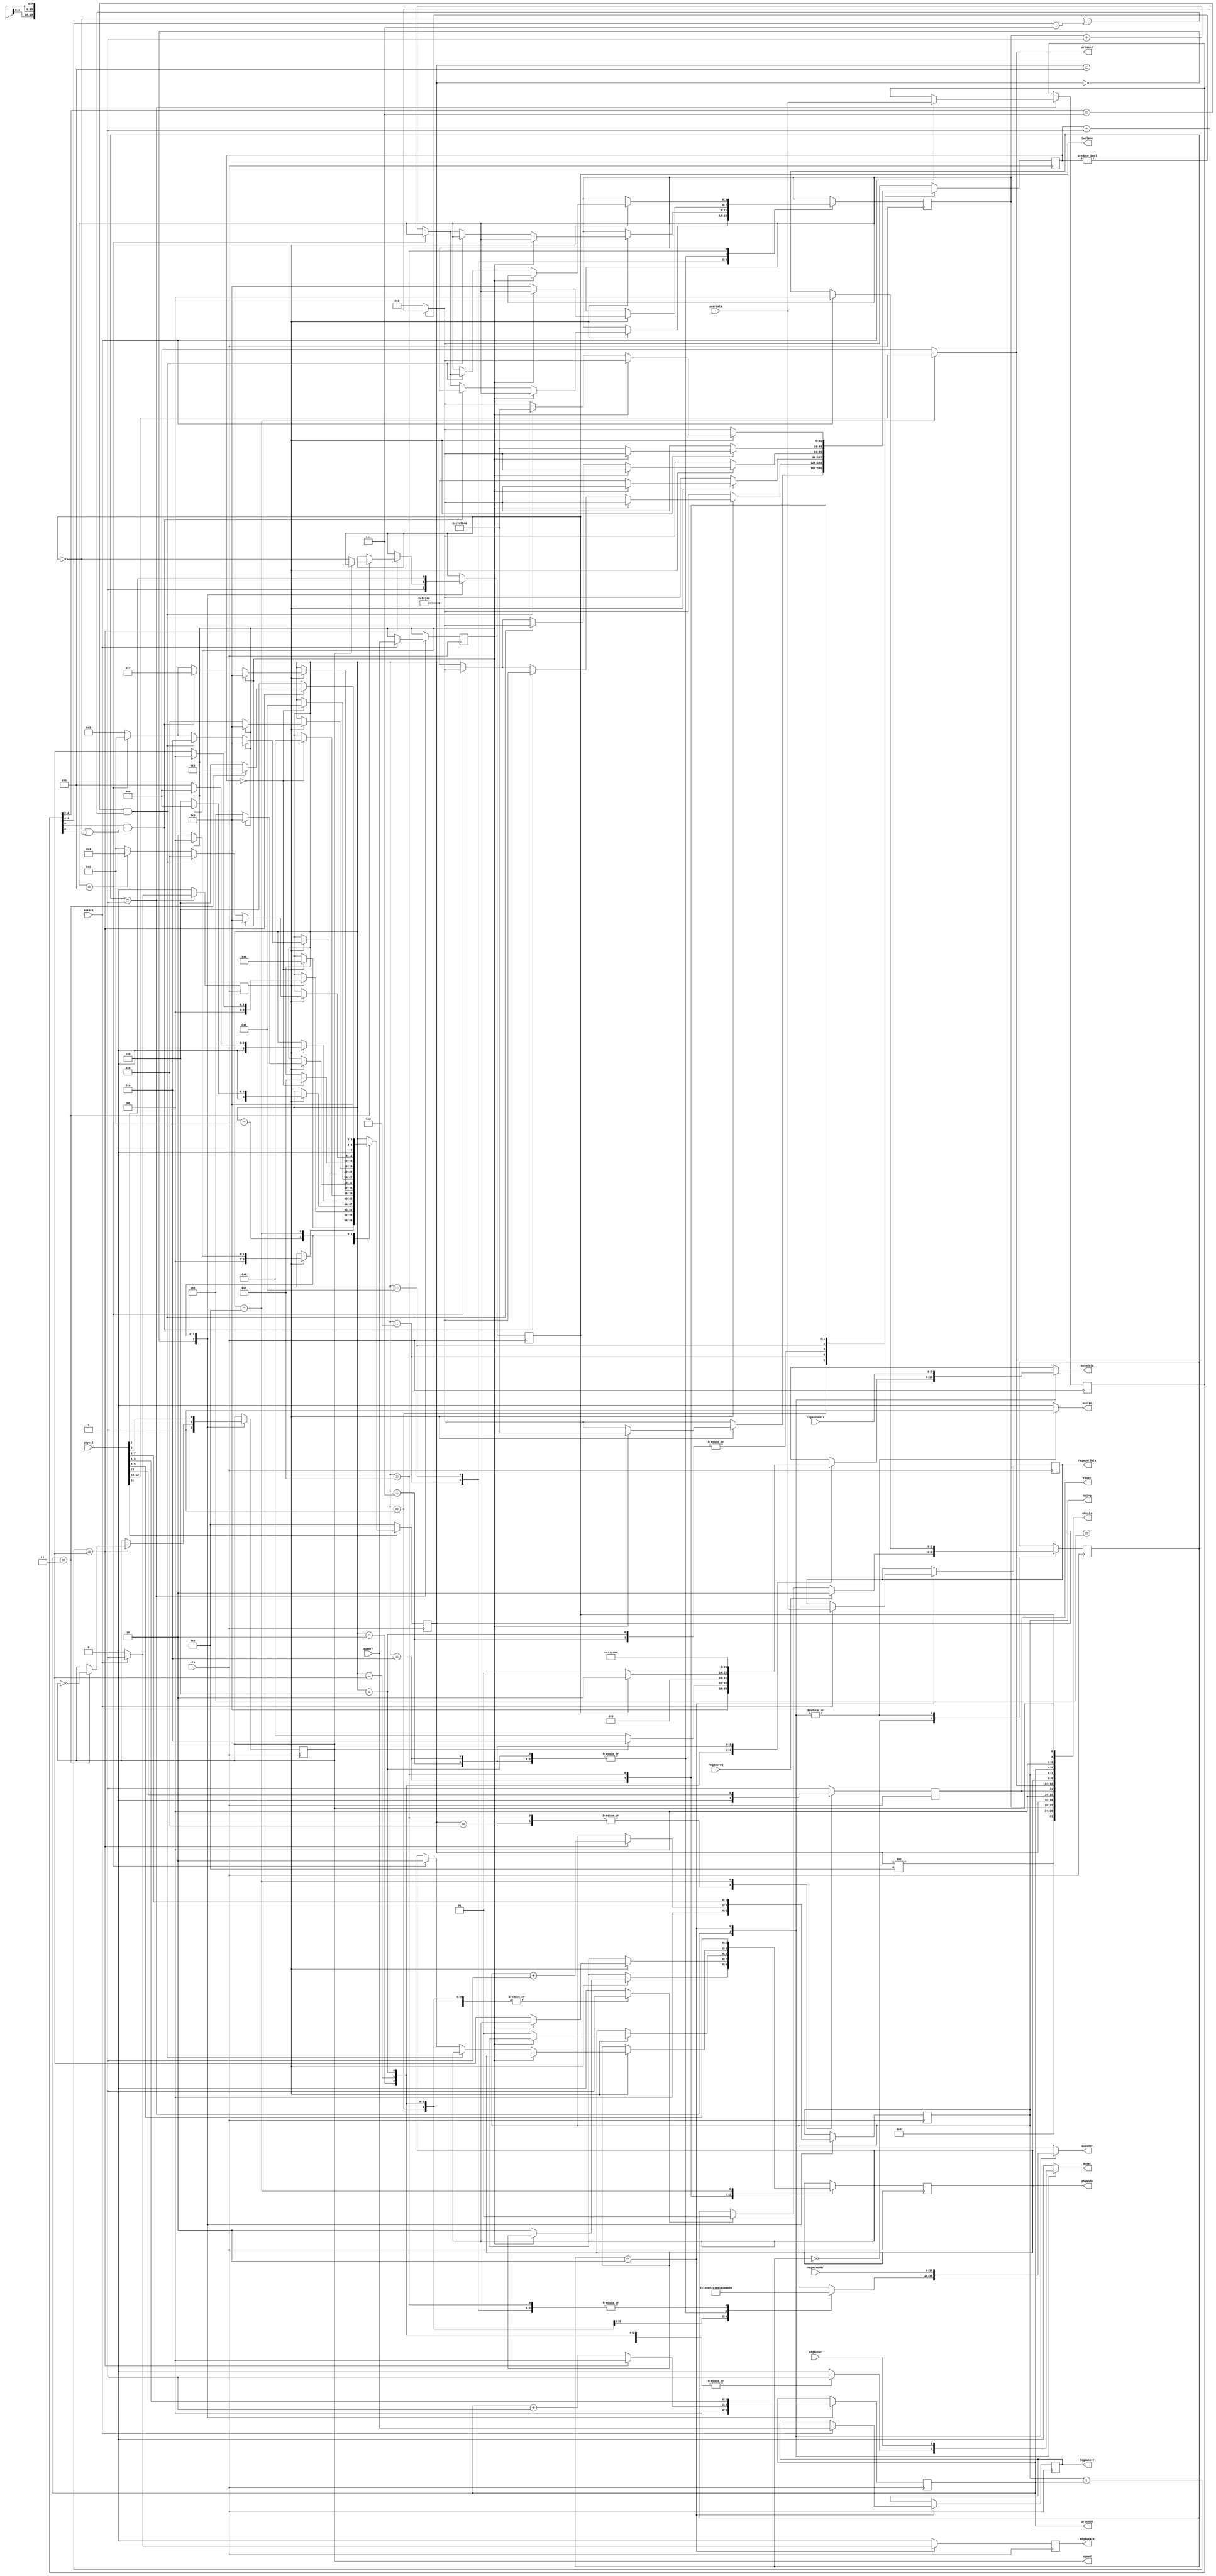
module train(
	input wire clk,
	
	input wire [19:0] regauxaddr,
	input wire [7:0] regauxwdata,
	input wire regauxreq,
	input wire regauxwr,
	output reg regauxack,
	output reg regauxerr,
	output reg [7:0] regauxrdata,
	
	input wire [31:0] phyctl,
	output wire [31:0] physts,
	
	output reg [19:0] auxaddr,
	output reg [7:0] auxwdata,
	output reg auxreq,
	output reg auxwr,
	input wire auxack,
	input wire [7:0] auxrdata,
	input wire auxerr,
	
	output reg reset,
	output reg speed,
	output reg twolane,
	output reg [1:0] preemph,
	output reg [1:0] swing,
	output reg [1:0] phymode,
	output reg [2:0] prbssel
);

	localparam TRAINPERIOD = 1_000_000;
	localparam CHECKPERIOD = 25_000_000;
	localparam TRAINLIMIT = 5;
	localparam ACTLIMIT = 5;
	
	wire automode = phyctl[31];

	reg [1:0] muxstate, muxstate_;
	localparam MUXIDLE = 0;
	localparam MUXTR = 1;
	localparam MUXREG = 2;
	reg [19:0] traddr;
	reg [7:0] trwdata, trrdata, trrdata_, regauxrdata_;
	reg trreq, track, trerr, trwr, track_, trerr_, regauxack_, regauxerr_;
	always @(posedge clk) begin
		muxstate <= muxstate_;
		track <= track_;
		trerr <= trerr_;
		trrdata <= trrdata_;
		regauxack <= regauxack_;
		regauxerr <= regauxerr_;
		regauxrdata <= regauxrdata_;
	end
	always @(*) begin
		auxaddr = 20'bx;
		auxwdata = 8'bx;
		auxreq = 0;
		auxwr = 0;
		muxstate_ = muxstate;
		track_ = 0;
		trrdata_ = trrdata;
		trerr_ = trerr;
		regauxack_ = 0;
		regauxrdata_ = regauxrdata;
		regauxerr_ = regauxerr;
		case(muxstate)
		MUXIDLE: begin
			if(regauxreq)
				muxstate_ = MUXREG;
			else if(trreq)
				muxstate_ = MUXTR;
		end
		MUXTR: begin
			auxaddr = traddr;
			auxwdata = trwdata;
			auxreq = 1;
			auxwr = trwr;
			if(auxack) begin
				track_ = 1;
				trrdata_ = auxrdata;
				trerr_ = auxerr;
				muxstate_ = MUXIDLE;
			end
		end
		MUXREG: begin
			auxaddr = regauxaddr;
			auxwdata = regauxwdata;
			auxreq = 1;
			auxwr = regauxwr;
			if(auxack) begin
				regauxack_ = 1;
				regauxrdata_ = auxrdata;
				regauxerr_ = auxerr;
				muxstate_ = MUXIDLE;
			end
		end
		endcase
	end

	reg [3:0] state, state_;
	reg [3:0] actctr, actctr_;
	reg [31:0] timer, timer_;
	reg speed_, twolane_, reset_;
	reg [1:0] swing_, preemph_, phymode_;
	
	assign physts = {state != NOAUTO, 7'b0, actctr, state, 2'b0, reset, prbssel, phymode, swing, preemph, 2'b0, twolane, speed};
	
	localparam NODEV = 0;
	localparam CHECKNODEV = 1;
	localparam SETLINKBW = 2;
	localparam SETLANECNT = 3;
	localparam SETTRAIN0 = 4;
	localparam WAITTRAIN0 = 5;
	localparam CHECKTRAIN0 = 6;
	localparam SETTRAIN1 = 7;
	localparam WAITTRAIN1 = 8;
	localparam CHECKTRAIN1 = 9;
	localparam SETACTIVE = 10;
	localparam ACTIVE = 11;
	localparam CHECKACTIVE = 12;
	localparam CHANGESET = 13;
	localparam NOAUTO = 14;
	
	always @(posedge clk) begin
		state <= state_;
		speed <= speed_;
		twolane <= twolane_;
		preemph <= preemph_;
		swing <= swing_;
		phymode <= phymode_;
		timer <= timer_;
		actctr <= actctr_;
		reset <= reset_;
	end
	
	always @(*) begin
		traddr = 20'bx;
		trwdata = 8'bx;
		trreq = 0;
		trwr = 0;
		state_ = state;
		speed_ = speed;
		twolane_ = twolane;
		preemph_ = preemph;
		swing_ = swing;
		phymode_ = phymode;
		actctr_ = actctr;
		reset_ = 1;
		timer_ = timer != 0 ? timer - 1 : 0;
		prbssel = 0;
	
		case(state)
		NODEV: begin
			preemph_ = 0;
			swing_ = 0;
			speed_ = 1;
			twolane_ = 1;
			if(timer == 0)
				state_ = CHECKNODEV;
		end
		CHECKNODEV: begin
			traddr = 'h0;
			trreq = 1;
			if(track)
				if(trerr) begin
					state_ = NODEV;
					timer_ = CHECKPERIOD;
				end else
					state_ = SETLINKBW;
		end
		SETLINKBW: begin
			traddr = 'h100;
			trwdata = speed ? 10 : 6;
			trreq = 1;
			trwr = 1;
			if(track)
				state_ = trerr ? NODEV : SETLANECNT;
		end
		SETLANECNT: begin
			traddr = 'h101;
			trwdata = twolane ? 2 : 1;
			trreq = 1;
			trwr = 1;
			if(track)
				state_ = trerr ? NODEV : SETTRAIN0;
		end
		SETTRAIN0: begin
			traddr = 'h102;
			trwdata = 'h21;
			trreq = 1;
			trwr = 1;
			if(track)
				if(trerr)
					state_ = NODEV;
				else begin
					phymode_ = 2;
					timer_ = TRAINPERIOD;
					state_ = WAITTRAIN0;
					actctr_ = 0;
				end
		end
		WAITTRAIN0: begin
			if(timer == 0)
				state_ = CHECKTRAIN0;
		end
		CHECKTRAIN0: begin
			traddr = 'h202;
			trreq = 1;
			if(track) begin
				if(trerr)
					state_ = NODEV;
				else if(trrdata[0] && (!twolane || trrdata[4]))
					state_ = SETTRAIN1;
				else if(actctr == TRAINLIMIT)
					state_ = CHANGESET;
				else begin
					state_ = WAITTRAIN0;
					timer_ = TRAINPERIOD;
					actctr_ = actctr + 1;
				end
			end
		end
		SETTRAIN1: begin
			traddr = 'h102;
			trwdata = 'h22;
			trreq = 1;
			trwr = 1;
			if(track)
				if(trerr)
					state_ = NODEV;
				else begin
					phymode_ = 3;
					state_ = WAITTRAIN1;
					timer_ = TRAINPERIOD;
					actctr_ = 0;
				end
		end
		WAITTRAIN1: begin
			if(timer == 0)
				state_ = CHECKTRAIN1;
		end
		CHECKTRAIN1: begin
			traddr = 'h202;
			trreq = 1;
			if(track) begin
				if(trerr)
					state_ = NODEV;
				else if(trrdata[2:0] == 7 && (!twolane || trrdata[6:4] == 7))
					state_ = SETACTIVE;
				else if(actctr == TRAINLIMIT)
					state_ = CHANGESET;
				else begin
					state_ = WAITTRAIN0;
					timer_ = TRAINPERIOD;
					actctr_ = actctr + 1;
				end
			end
		end
		SETACTIVE: begin
			traddr = 'h102;
			trwdata = 0;
			trreq = 1;
			trwr = 1;
			if(track)
				if(trerr)
					state_ = NODEV;
				else begin
					state_ = ACTIVE;
					timer_ = CHECKPERIOD;
					phymode_ = 1;
					actctr_ = 0;
				end
		end
		ACTIVE: begin
			reset_ = 0;
			if(timer == 0)
				state_ = CHECKACTIVE;
		end
		CHECKACTIVE: begin
			reset_ = 0;
			traddr = 'h202;
			trreq = 1;
			if(track)
				if(trerr)
					state_ = NODEV;
				else if(trrdata[2:0] == 7 && (!twolane || trrdata[6:4] == 7)) begin
					timer_ = CHECKPERIOD;
					state_ = ACTIVE;
					actctr_ = actctr == ACTLIMIT ? actctr : actctr + 1;
				end else if(actctr == ACTLIMIT) begin
					phymode_ = 2;
					state_ = SETTRAIN0;
				end else		
					state_ = CHANGESET;
		end
		CHANGESET: begin
			preemph_ = preemph + 1;
			state_ = SETTRAIN0;
			if(swing + preemph == 3) begin
				preemph_ = 0;
				swing_ = swing + 1;
				if(preemph == 3) begin
					speed_ = !speed;
					if(!speed)
						twolane_ = !twolane;
					state_ = SETLINKBW;
				end
			end
		end
		NOAUTO: begin
			speed_ = phyctl[0];
			twolane_ = phyctl[1];
			preemph_ = phyctl[5:4];
			swing_ = phyctl[7:6];
			phymode_ = phyctl[9:8];
			prbssel = phyctl[12:10];
			reset_ = phyctl[13];
			if(automode)
				state_ = NODEV;
		end
		endcase
		if(!automode)
			state_ = NOAUTO;
	end

endmodule